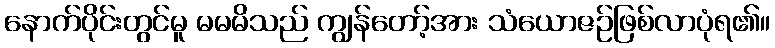
နောက်ပိုင်းတွင်မူ မမမိသည် ကျွန်တော့်အား သံယောဇဉ်ဖြစ်လာပုံရ၏။